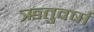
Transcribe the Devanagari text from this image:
ऋतुवर्षा